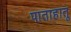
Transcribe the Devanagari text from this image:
पाताहातू